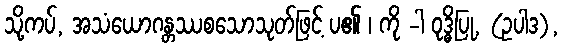
သို့ကပ်, အသံယောဂန္တဿစသောသုတ်ဖြင့် ပ၏ ၊ ကို -ါ ဝုဒ္ဓိပြု, (ဥပါဒ),